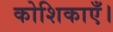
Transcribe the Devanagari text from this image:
कोशिकाएँ।